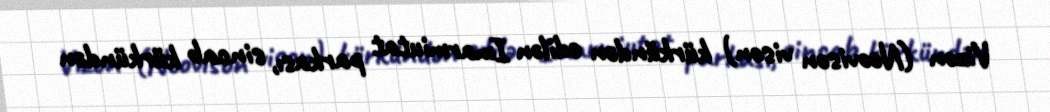
Vizon (Neovison vison) kürkündən edilən Imarmiutat parkası, sincab kürkündən